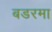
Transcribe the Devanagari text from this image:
बडरमा